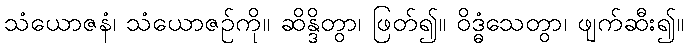
သံယောဇနံ၊ သံယောဇဉ်ကို။ ဆိန္ဒိတွာ၊ ဖြတ်၍။ ဝိဒ္ဓံသေတွာ၊ ဖျက်ဆီး၍။